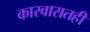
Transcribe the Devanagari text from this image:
कारवारातही